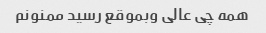
همه چی عالی وبموقع رسید ممنونم